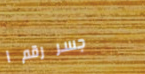
جسر رقم ١